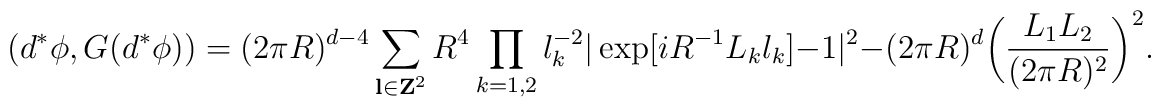
(d^{\ast }\phi ,G(d^{\ast }\phi )) =(2\pi R)^{d - 4} \sum_{{\bf l} \in {\bf Z}^{2}}  R^{4} \prod_{k = 1,2} l_{k}^{- 2}|\exp [iR^{- 1}L_{k}l_{k}] - 1|^{2} -(2\pi R)^{d}\biggl( \frac{L_{1}L_{2}}{(2\pi R)^{2}}\biggr)^{2}.